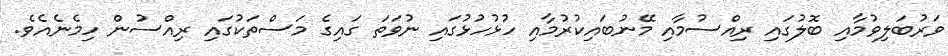
ވަރުބަލިވުމާއި ބޮލުގައި ރިއްސުމާއި މޭނުބައިކުރުމާއި ހުޅުހުޅުގައި ނުވަތަ ގައިގެ މަސްތަކުގައި ރިއްސުން ހިމެނެއެވެ.